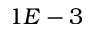
1 E - 3